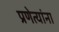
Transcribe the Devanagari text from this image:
प्रणेत्यांना